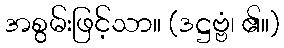
အစွမ်းဖြင့်သာ။ (ဒဋ္ဌဗ္ဗံ၊ ၏။)